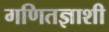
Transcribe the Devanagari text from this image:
गणितज्ञाशी